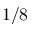
1 / 8